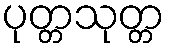
ပုတ္တသုတ္တ